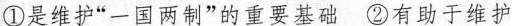
①是维护”一国两制”的重要基础 ②有助于维护